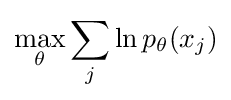
\max _{\theta }\sum _{j}\ln p_{\theta }(x_{j})